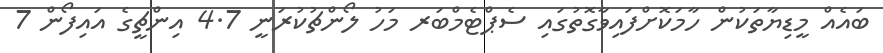
ބައެއް މީޑިޔާތަކުން ހާމަކޮށްފައިވާގޮތުގައި ސެޕްޓެމްބަރ މަހު ލޯންޗުކުރަނީ 4.7 އިންޗީގެ އައިފޯން 7